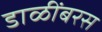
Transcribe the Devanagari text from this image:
डाळींबरस